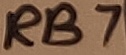
Text: RB7